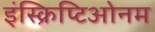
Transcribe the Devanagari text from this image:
इंस्क्रिप्टिओनम